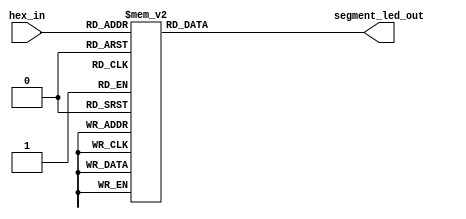
`timescale 1ns / 1ps
//////////////////////////////////////////////////////////////////////////////////
// Company: CYCU
// Engineer: 
// 
// Design Name: 
// Module Name:    Seven_segment_decoder 
// Project Name: 
// Target Devices: 
// Tool versions: 
// Description: 
//
// Dependencies: 
//
// Revision: 
// Revision 0.01 - File Created
// Additional Comments: 
//
//////////////////////////////////////////////////////////////////////////////////
module Seven_segment_decoder(hex_in, segment_led_out);
   input [3:0] hex_in;
   output [7:0] segment_led_out;
   reg [7:0] 	segment_led_out;
   always @(hex_in)
     case(hex_in)
       4'b0001 : segment_led_out = 8'b11111001;   //1
       4'b0010 : segment_led_out = 8'b10100100;   //2
       4'b0011 : segment_led_out = 8'b10110000;   //3
       4'b0100 : segment_led_out = 8'b10011001;   //4
       4'b0101 : segment_led_out = 8'b10010010;   //5
       4'b0110 : segment_led_out = 8'b10000010;   //6
       4'b0111 : segment_led_out = 8'b11111000;   //7
       4'b1000 : segment_led_out = 8'b10000000;   //8
       4'b1001 : segment_led_out = 8'b10010000;   //9
       4'b1010 : segment_led_out = 8'b10001000;   //A
       4'b1011 : segment_led_out = 8'b10000011;   //b
       4'b1100 : segment_led_out = 8'b11000110;   //C
       4'b1101 : segment_led_out = 8'b10100001;   //d
       4'b1110 : segment_led_out = 8'b10000110;   //E
       4'b1111 : segment_led_out = 8'b10001110;   //F
       default : segment_led_out = 8'b11000000;   //0
     endcase
endmodule